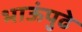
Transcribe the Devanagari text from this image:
भाऊंपुढे